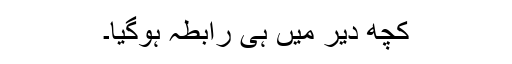
کچھ دیر میں ہی رابطہ ہوگیا۔